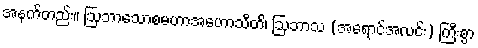
အနက်တည်း။ ဩဘာသောစမဟာအဟောသီတိ၊ ဩဘာသ (အရောင်အလင်း) ကြီးစွာ